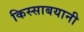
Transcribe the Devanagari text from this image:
किस्साबयानी